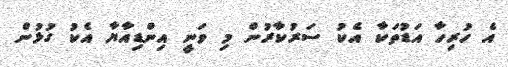
އެ ހުރިހާ އަޑުތަކާ އެކު ސަރުކާރުން މި ވަނީ އިންޑިއާޔާ އެކު ގުޅުން